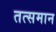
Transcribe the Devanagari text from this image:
तत्समान